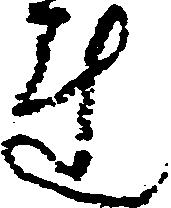
連